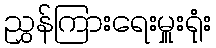
ညွှန်ကြားရေးမှူးရုံး